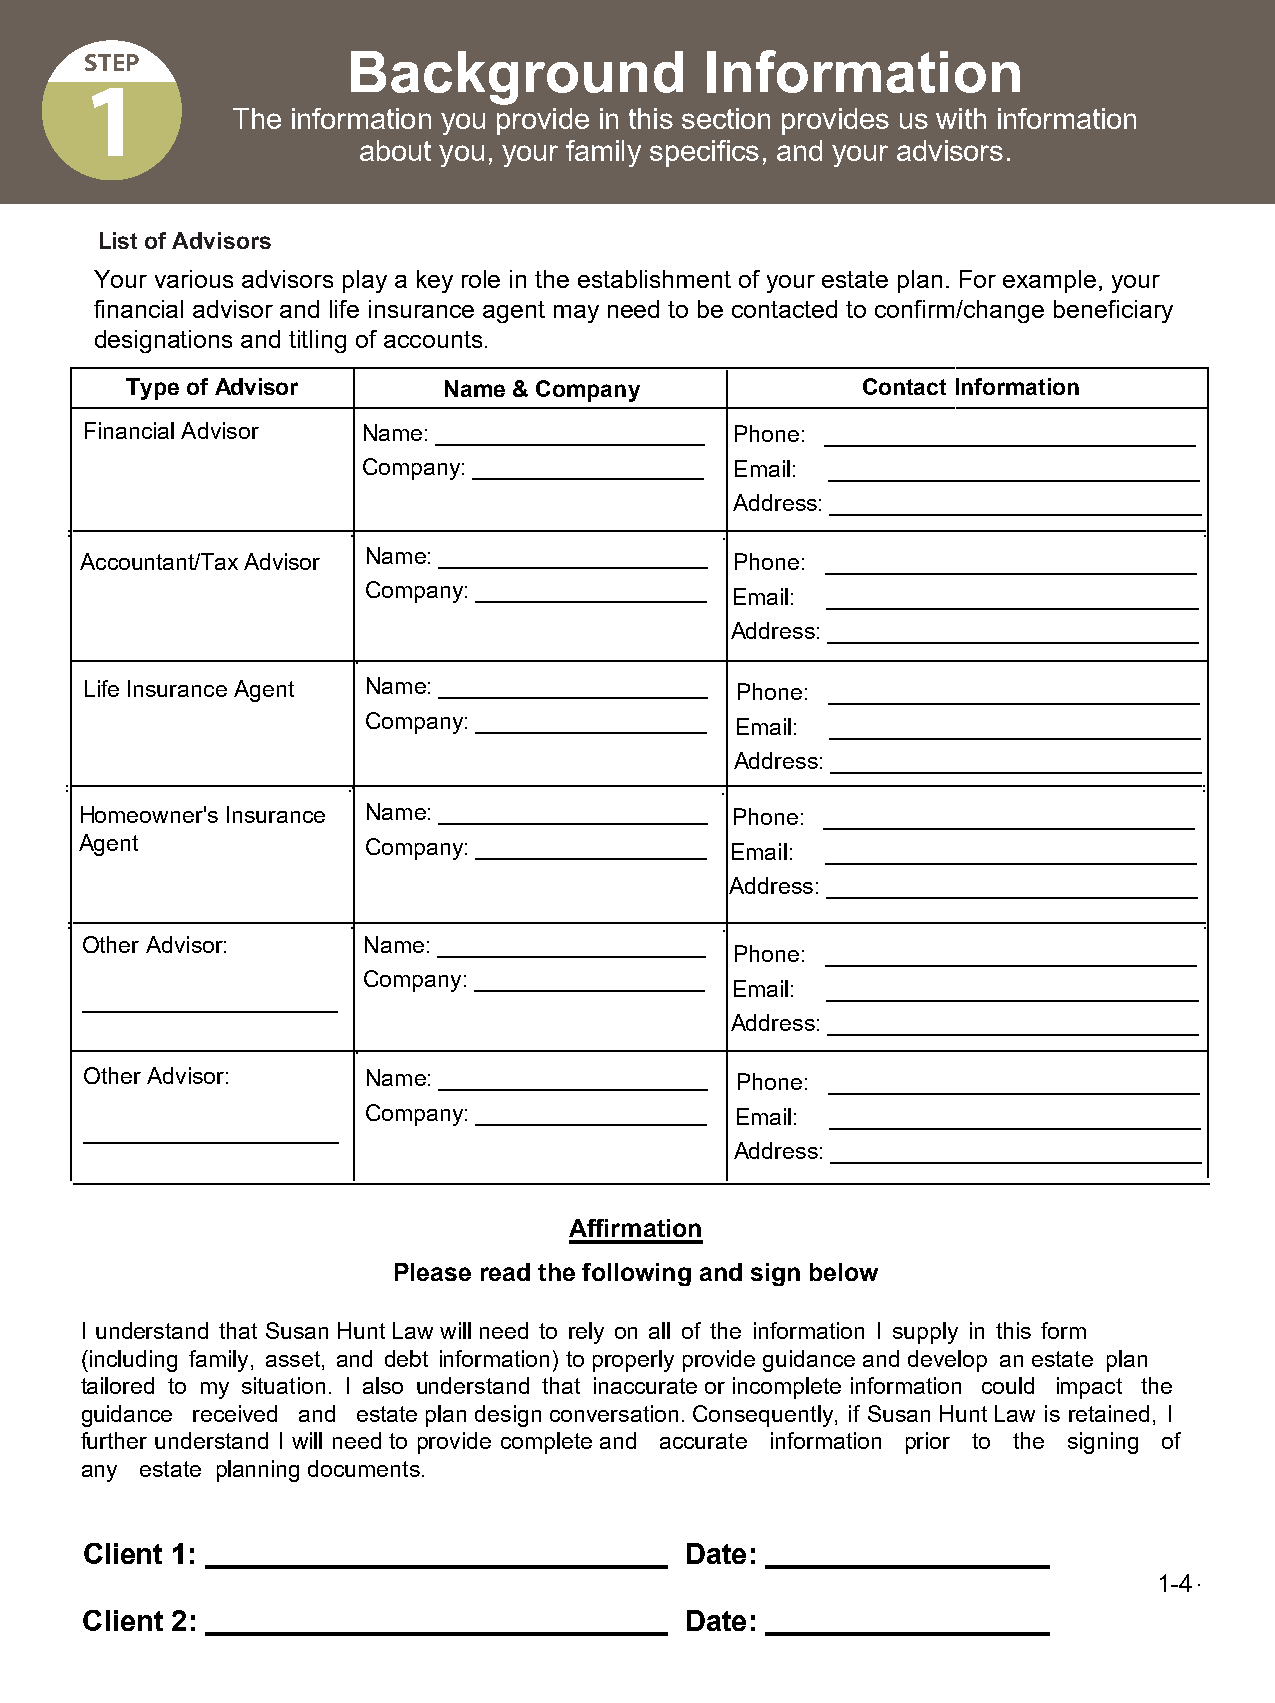
STEP             Background              Information
 1
 The information you provide in this section provides us with information
 about you, your family specifics, and your advisors.
 List of Advisors
 Your various advisors play a key role in the establishment of your estate plan. For example, your
 financial advisor and life insurance agent may need to be contacted to confirm/change beneficiary
 designations and titling of accounts.
 Type of Advisor      Name & Company              Contact Information
 Financial Advisor Name: _____________________ Phone: _____________________________
 Company: __________________ Email: _____________________________
 Address: _____________________________
 Accountant/TaxAdvisor Name: _____________________ Phone: _____________________________
 Company: __________________
 Email: _____________________________
 Address: _____________________________
 Life Insurance Agent Name: _____________________ Phone: _____________________________
 Company: __________________ Email: _____________________________
 Address: _____________________________
 Homeowner's Insurance Name: _____________________ Phone: _____________________________
 Agent              Company: __________________ Email: _____________________________
 Address: _____________________________
 Other Advisor:     Name: _____________________
 Phone: _____________________________
 Company: __________________
 Email: _____________________________
 ____________________
 Address: _____________________________
 Other Advisor:    Name: _____________________ Phone: _____________________________
 Company: __________________ Email: _____________________________
 ____________________
 Address: _____________________________
 Affirmation
 Please read the following and sign below
 I understand that Susan Hunt Law will need to rely on all of the information I supply in this form
 (including family, asset, and debt information) to properly provide guidance and develop an estate plan
 tailored to my situation. I also understand that inaccurate or incomplete information could impact the
 guidance received and estate plan design conversation. Consequently, if Susan Hunt Law is retained, I
 further understand I will need to provide complete and accurate information prior to the signing of
 any estate planning documents.
 Client 1:                               Date:
 1-4
 Client 2:                               Date: